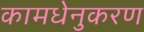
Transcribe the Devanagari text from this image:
कामधेनुकरण